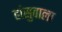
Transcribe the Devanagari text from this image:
हांसुवाला